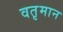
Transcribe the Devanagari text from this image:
वतृमान